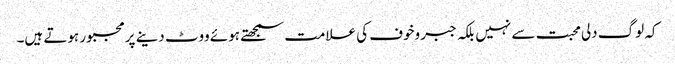
کہ لوگ دلی محبت سے نہیں بلکہ جبر وخوف کی علامت سمجھتے ہوئے ووٹ دینے پرمجبور ہوتے ہیں۔